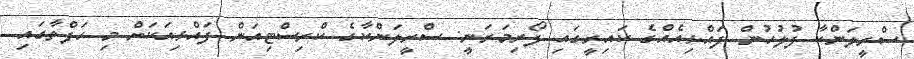
ސްރީލަންކާ ފުލުހުން ފައްޅިއެއްގެ ކައިރީގައި ފޯރިމަރަނީ: ސްރީލަންކާގެ ކްރިސްޓިއަން ފައްޅިއަކަށް މި ހަފްތާގައި